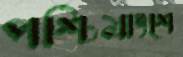
পশ্চিমাংশে